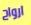
ارواح